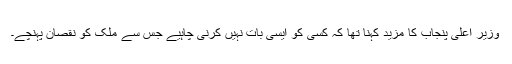
وزیرِ اعلیٰ پنجاب کا مزید کہنا تھا کہ کسی کو ایسی بات نہیں کرنی چاہیے جس سے ملک کو نقصان پہنچے۔